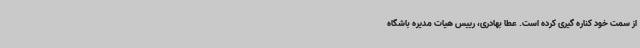
از سمت خود کناره گیری کرده است. عطا بهادری، رییس هیات مدیره باشگاه